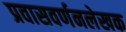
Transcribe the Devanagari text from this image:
प्रवासवर्णनलेखक